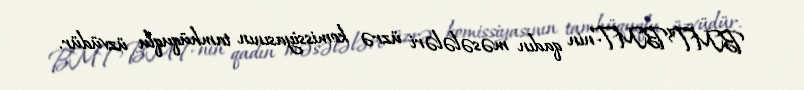
BMT">BMT-nin qadın məsələləri üzrə komissiyasının tamhüquqlu üzvüdür.